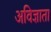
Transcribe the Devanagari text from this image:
अविज्ञाता